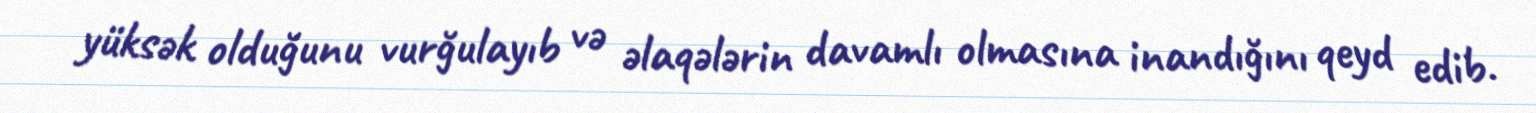
yüksək olduğunu vurğulayıb və əlaqələrin davamlı olmasına inandığını qeyd edib.